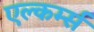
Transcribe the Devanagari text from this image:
एल्कर्म्स